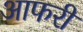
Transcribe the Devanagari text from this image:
आफरी